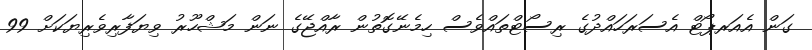
ގަން އެއަރޕޯޓް އެސަރަހައްދުގެ ރިސޯޓްތައްވެސް ހިމެނޭގޮތުން ރާއްޖޭގެ ނަން މަޝްހޫރު ވިޔަފާރިވެރިޔަކަށް 99